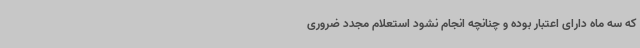
که سه ماه دارای اعتبار بوده و چنانچه انجام نشود استعلام مجدد ضروری